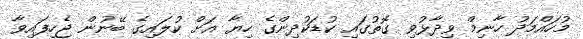
މުހައްމަދު ހާނިމް ވިދާޅުވި ގޮތުގައި ކުޑަކުދިންގެ ހިޔާ އަށް ކުލައިގެ ބޭނުން ޖެހިފައިވާ